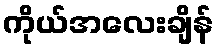
ကိုယ်အလေးချိန်